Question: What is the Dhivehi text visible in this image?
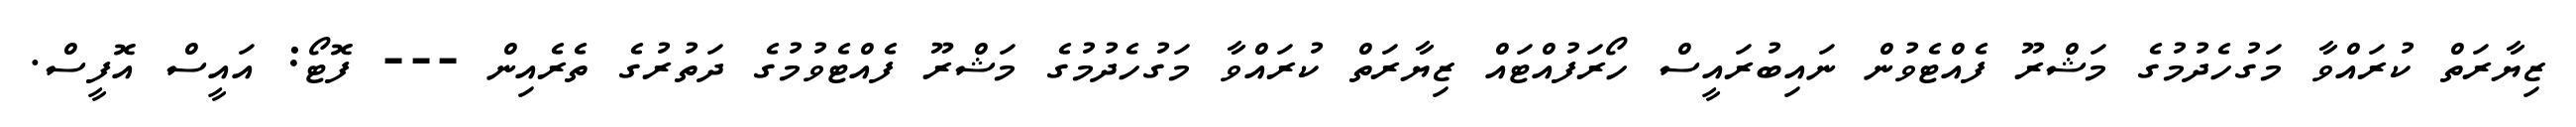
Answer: ޒިޔާރަތް ކުރައްވާ މަގުހެދުމުގެ މަޝްރޫ ފެއްޓެވުން ނައިބުރައީސް ހޯރަފުއްޓައް ޒިޔާރަތް ކުރައްވާ މަގުހެދުމުގެ މަޝްރޫ ފެއްޓެވުމުގެ ދަތުރުގެ ތެރެއިން --- ފޮޓޯ: އައީސް އޮފީސް.